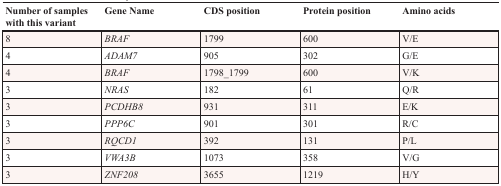
<table><thead><tr><td><b>Number of samples with this variant</b></td><td><b>Gene Name</b></td><td><b>CDS position</b></td><td><b>Protein position</b></td><td><b>Amino acids</b></td></tr></thead><tbody><tr><td>8</td><td><i>BRAF</i></td><td>1799</td><td>600</td><td>V/E</td></tr><tr><td>4</td><td><i>ADAM7</i></td><td>905</td><td>302</td><td>G/E</td></tr><tr><td>4</td><td><i>BRAF</i></td><td>1798_1799</td><td>600</td><td>V/K</td></tr><tr><td>3</td><td><i>NRAS</i></td><td>182</td><td>61</td><td>Q/R</td></tr><tr><td>3</td><td><i>PCDHB8</i></td><td>931</td><td>311</td><td>E/K</td></tr><tr><td>3</td><td><i>PPP6C</i></td><td>901</td><td>301</td><td>R/C</td></tr><tr><td>3</td><td><i>RQCD1</i></td><td>392</td><td>131</td><td>P/L</td></tr><tr><td>3</td><td><i>VWA3B</i></td><td>1073</td><td>358</td><td>V/G</td></tr><tr><td>3</td><td><i>ZNF208</i></td><td>3655</td><td>1219</td><td>H/Y</td></tr></tbody></table>